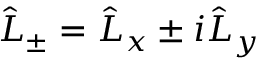
\hat { L } _ { \pm } = \hat { L } _ { x } \pm i \hat { L } _ { y }